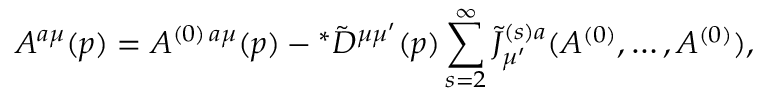
A ^ { a \mu } ( p ) = A ^ { ( 0 ) \, a \mu } ( p ) - \! \, ^ { \ast } \tilde { \cal D } ^ { \mu \mu ^ { \prime } } ( p ) \sum _ { s = 2 } ^ { \infty } \tilde { J } _ { \mu ^ { \prime } } ^ { ( s ) a } ( A ^ { ( 0 ) } , \ldots , A ^ { ( 0 ) } ) ,